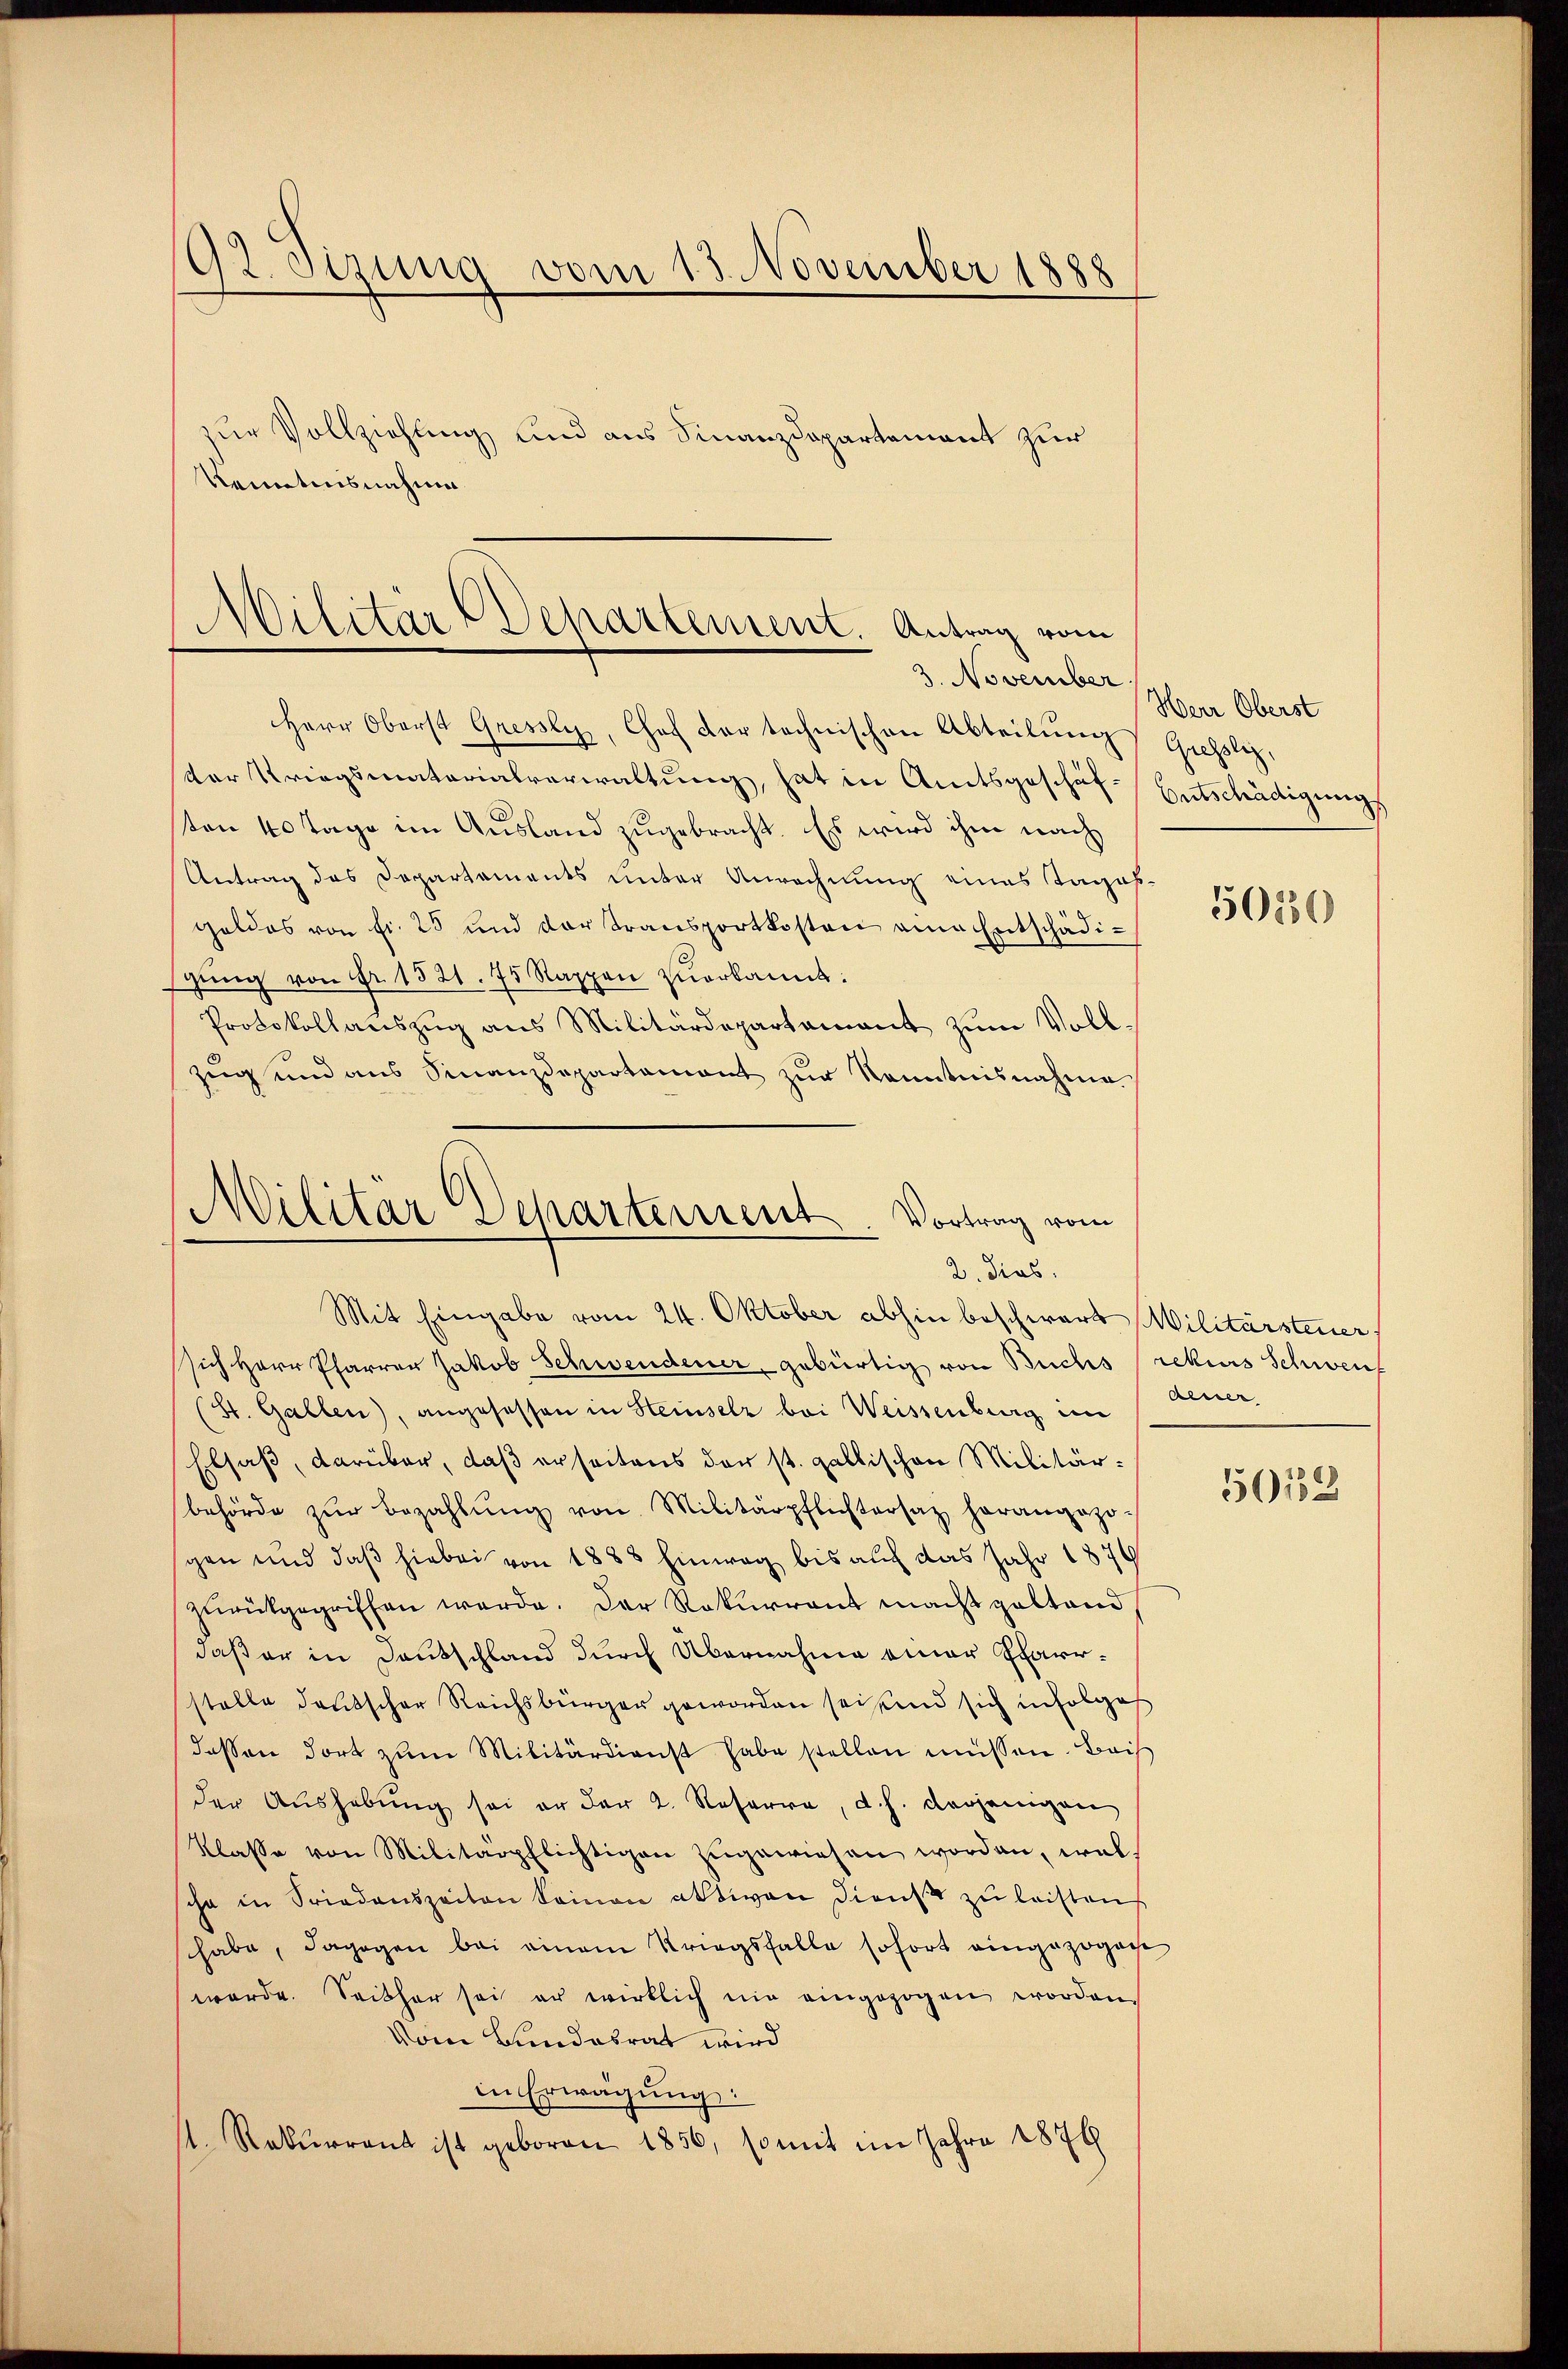
92. Sizung vom 13. November 1888

zur Vollziehung und aus Finanzdepartement zur
kenntnisnahme

Militär Departement. Antrag vom
3. November

Militar Departement. Vortrag vom
2. dies

Herr Oberst Gresly, Chof der technischen Abteilung Giessli,
kar Kriegsmatorialverwaltung, hat in Amtsgeschäf-Entschädigungs
ten 40 Tage im Ausland zugebracht. Es wird ihm nach
Antrag des Departaments unter Anrechnung eines Tagas¬
Geldes von fr. 25 und dar transportkosten eine Entschädigŭng von Fr. 1521. 74 Rappen zuerkannt:
Protokollanszŭg ans Militärdepartamant zŭm Voll-
zug und aus Finanzdepartament zŭr Kenntnisnahme

Herr Oberst

Mit Eingabe vom 24. Oktober abhin beschwart Militärsteuer
sich Herr Pfarrer Jakob Schwendener, gebürtig von Buchs rekurs Schweif
(St. Gallen), angesessen in Heinsetz bei Weissenburg im
Elsaß, darüber, daß erseitens der st. gallischen Militärbehörde zŭr Bezahlŭng von Militärpflichtersaz herangezo-
sgen und daß hiebei von 1888 Einweg bis auf das Jahr 1876
zurückgegriffen werde. Der Rekurrent macht gestand
daß er in Deutschland durch Übernahme einer Pfarrstelle deutscher Reichsbürger geworden sei und sich infolges
dessen dort zŭm Militärdienst habe stellen müssen. Beis
der Aŭshebŭng sei er der 2. Reserre, d. h. derjenigen
Klasse von Militärpflichtigen zŭgewiesen worden, wel-
sche in Friedenszeiten Seinen aktiven Dienst zu leisten
habe, dagegen bei einem Kriegsfalle sofort eingezogen
werde. Seither sei er wirklich nie eingezogen worden.
Vom Bundesrat wird
in Erwägung:
1. Rekurrent ist geboren 1856, so mit im Jahre 1876

5050

Aener

50152